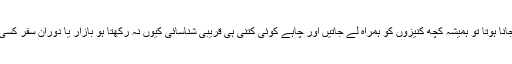
اگر کسی غرض سے حویلی سے باہر جانا ہوتا تو ہمیشہ کچھ کنیزوں کو ہمراہ لے جاتیں اور چاہے کوئی کتنی ہی قریبی شناسائی کیوں نہ رکھتا ہو بازار یا دوران سفر کسی بھی مداح سے ہر گز گفتگو نہ کرتیں۔